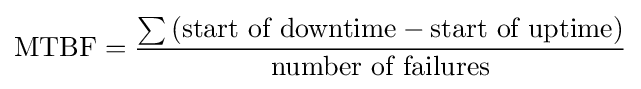
{\text{MTBF}}={\frac {\sum {({\text{start of downtime}}-{\text{start of uptime}})}}{\text{number of failures}}}